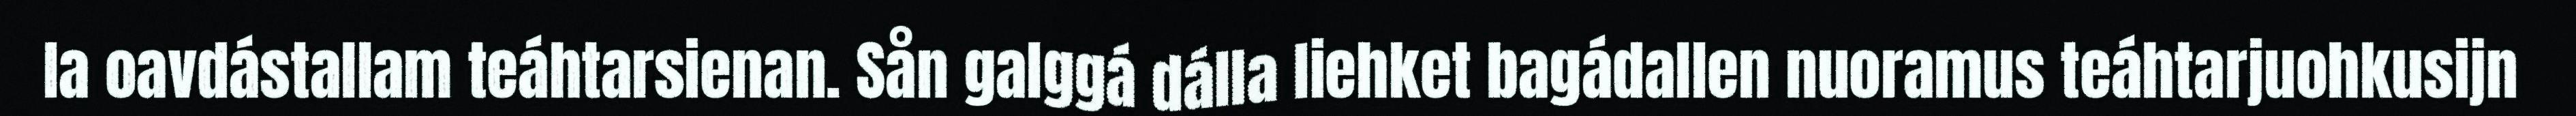
la oavdástallam teáhtarsienan. Sån galggá dálla liehket bagádallen nuoramus teáhtarjuohkusijn